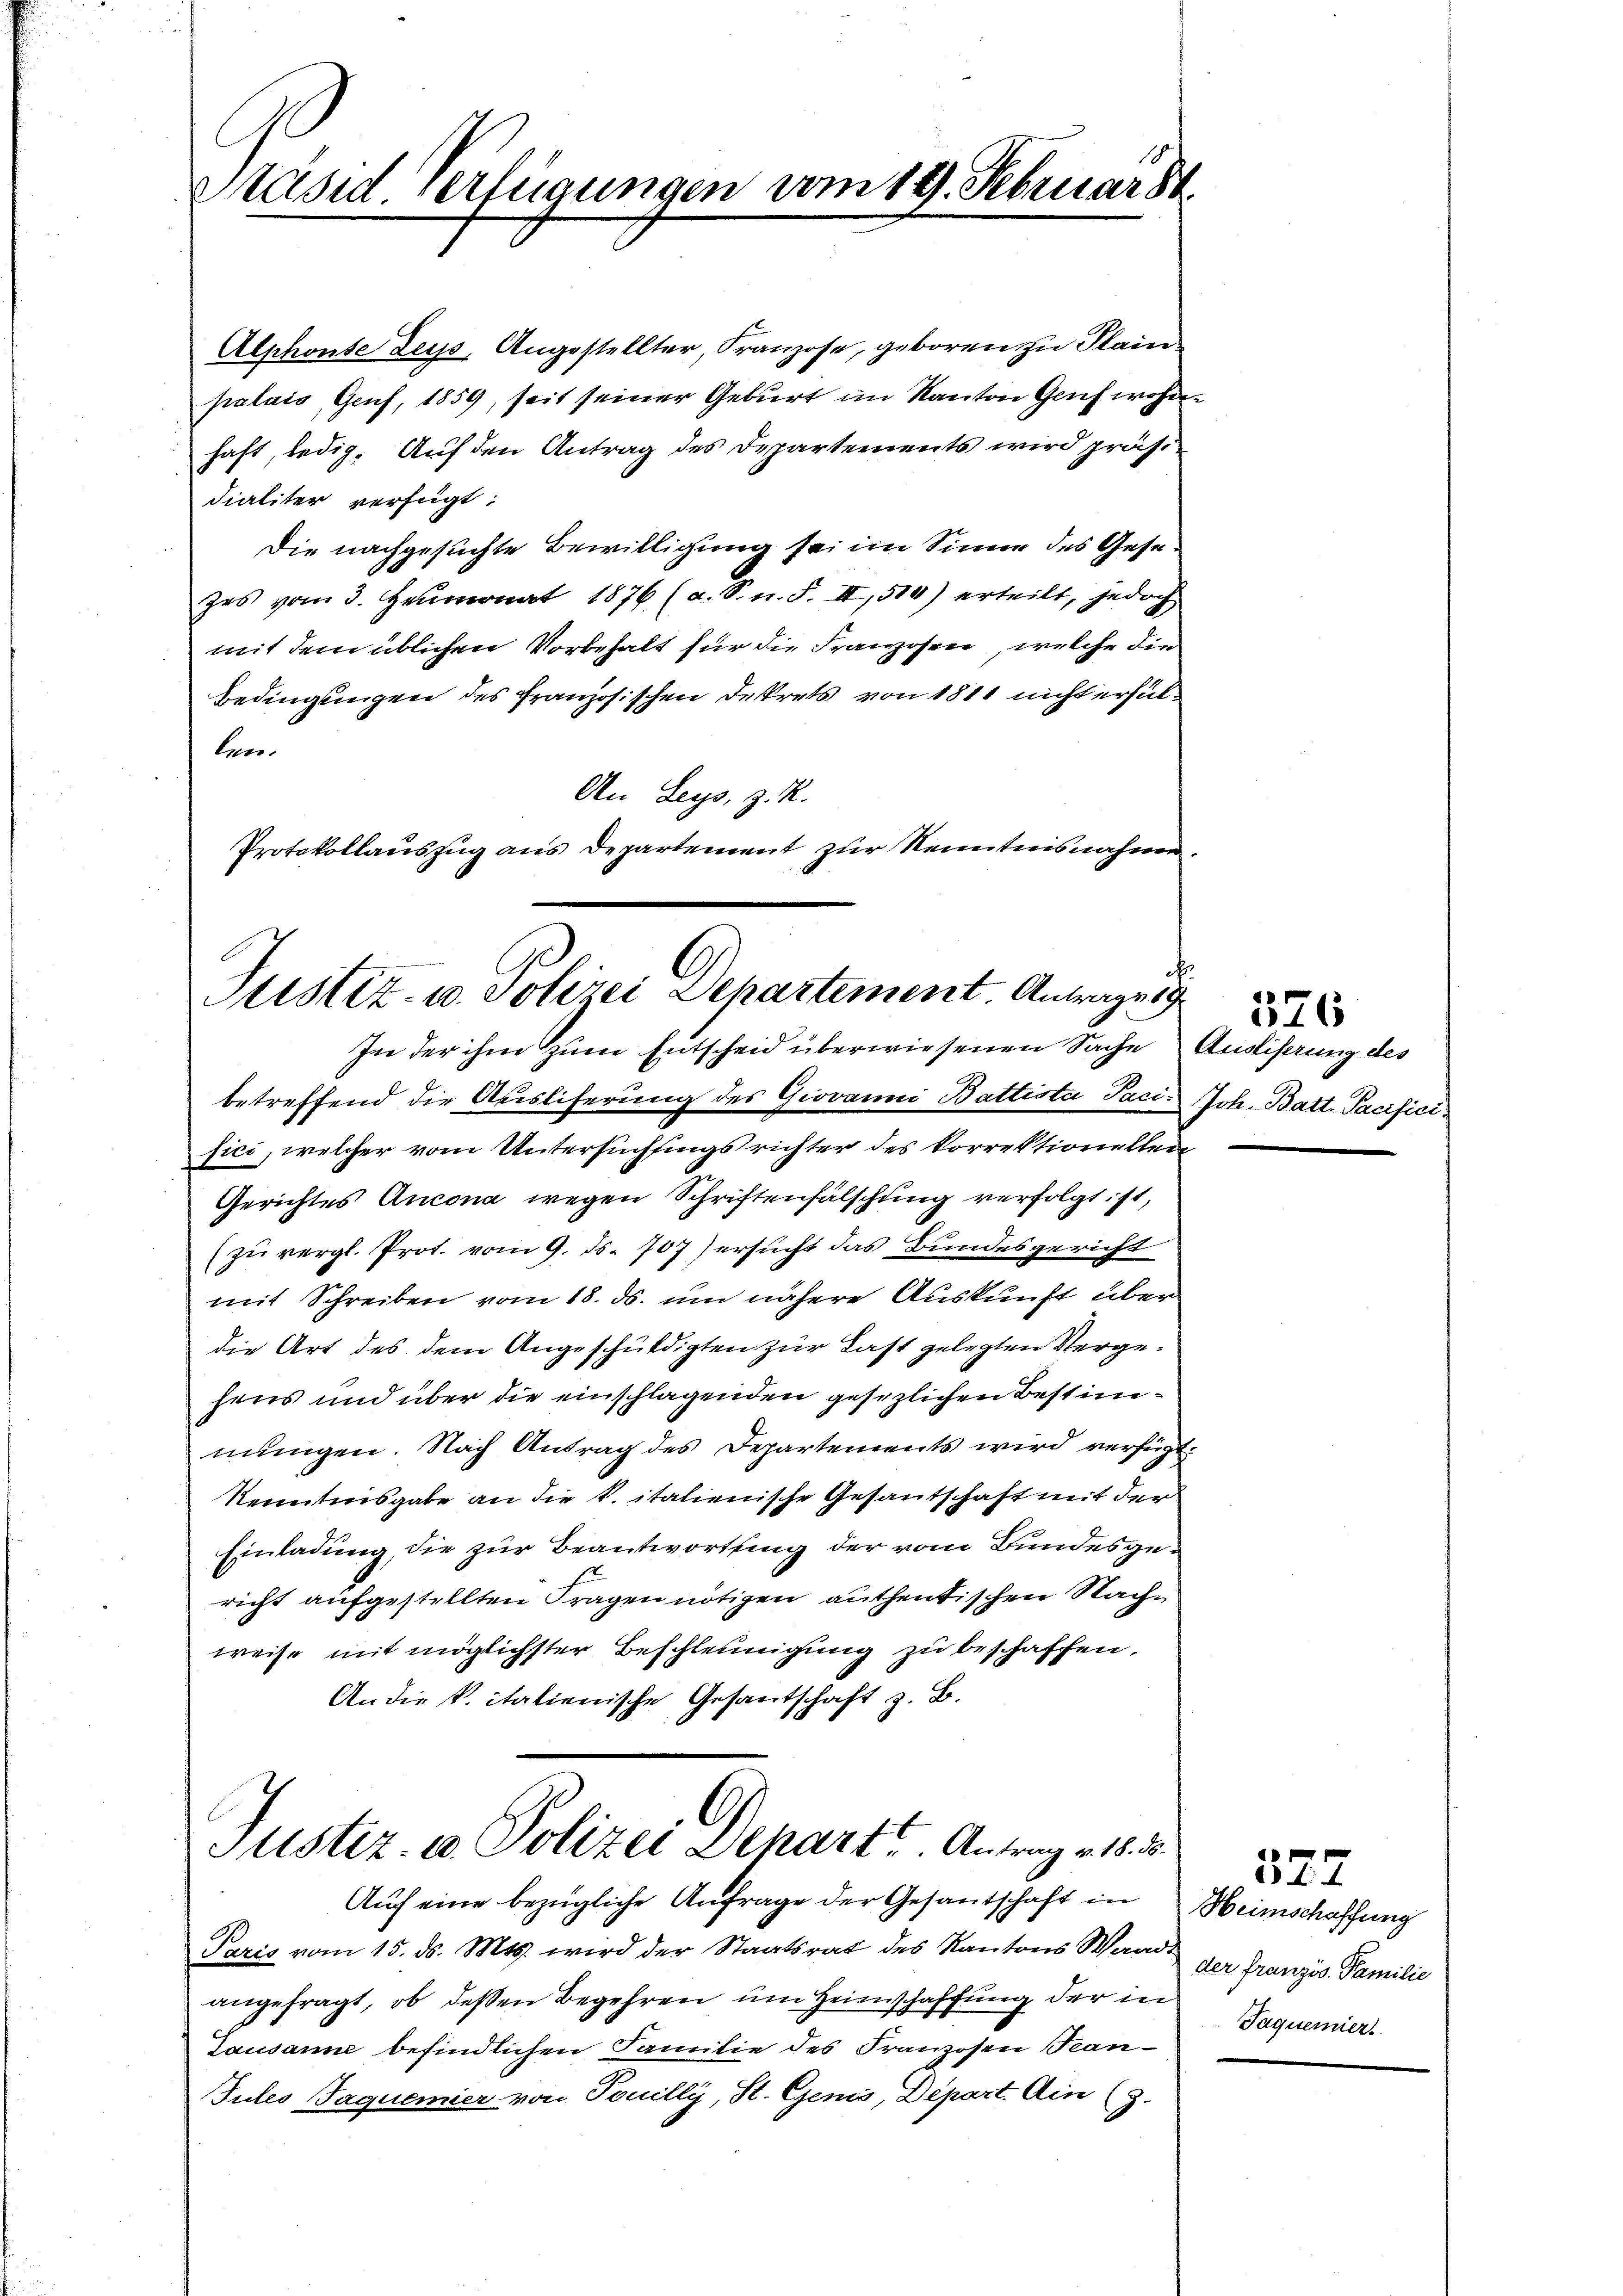
Präsid. Verfügungen vom 19. Februarst

Alphonse Leys, Angestellter, Franzose, geboren zu Plain
palais, Genf, 1859, seit seiner Geburt im Kanton Genf wohnhaft, ledig. Auf den Antrag des Departements wird präsidialiter verfügt:
Die nachgesuchte Bewilligung sei im Sinne des Gesezes vom 3. Heumonat 1876 (a. S. n. F. II,510) erteilt, jedoch
mit dem üblichen Vorbehalt für die Franzosen, welche die
Bedingungen des französischen Dekrets von 1811 nicht erfüllen.
An Leys, z. R.
Protokollauszug aus Departement zur Kenntnisnahme

Justiz- u. Polizei Departement. Antrage 19.
In der ihm zum Entscheid überwiesenen Sache

betreffend die Ausliferung des Giovanni Battista Faci Joh. Batt-Pacifici
fici, welcher vom Untersuchfings richter des korrektionellen
Gerichtes Ancona wegen Schriftenfälschung verfolgt ist,
(zu vergl. Prot. vom 9. ds. 707) ersucht das Bundesgericht
mit Schreiben vom 18. ds. um nähere Auskunft über
die Art des dem Angeschuldigten zur Last gelegten Vergehens und über die einschlagenden gesezlichen Bestimmungen. Nach Antrag des Departements wird verfügt.
Kenntnisgabe an die k. italienische Gesantschaft mit der
Einladung, die zur Beantwortung der vom Bundesgericht aufgestellten Fragen nötigen authentischen Sache
weise mit möglichster Beschleunigung zu beschaffen.
An die k. italienische Gesantschaft z. B.

Justiz- u. Polizei Depart Antrag v. 18. 8.
Aŭf eine bezügliche Anfrage der Gesantschaft in

Paris vom 15. ds. Mts. wird der Staatsrat des Kantons Waad
angefragt, ob deßen Begehren um Heimschaffung der in
Lausanne befindlichen Familie des Franzosen Tean¬
Jules Jaquemier von Touilly, St. Genis, Depart. Ain (3.

¬
576
Ausliserung des

Heimschaffung
der Französ. Familie
Jaquerier.

527